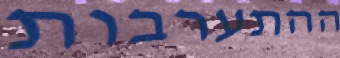
ההתערבות